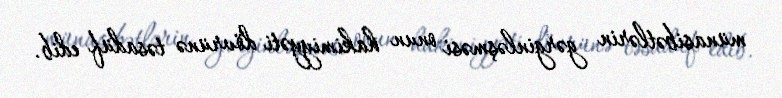
münasibətlərin gərginləşməsi onun hakimiyyəti dövrünə təsadüf edib.